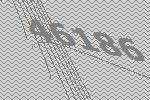
46186